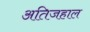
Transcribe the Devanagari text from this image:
अतिजहाल